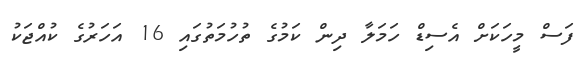
ފަސް މީހަކަށް އެސިޑް ހަމަލާ ދިން ކަމުގެ ތުހުމަތުގައި 16 އަހަރުގެ ކުއްޖަކު